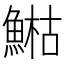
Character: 𩹬